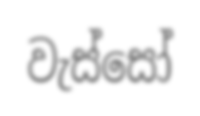
වැස්සෝ